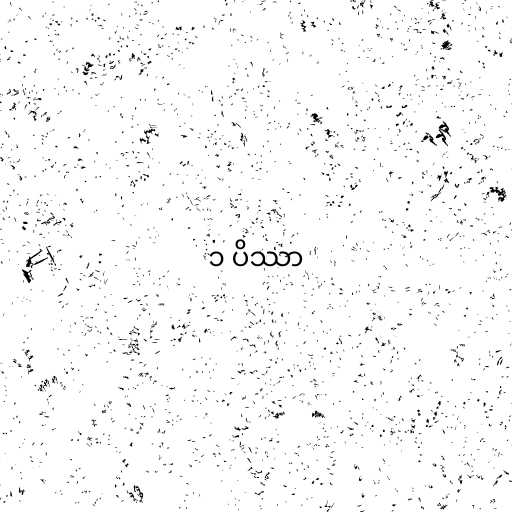
၁ ပိဿာ